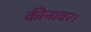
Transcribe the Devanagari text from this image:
कीनावर।